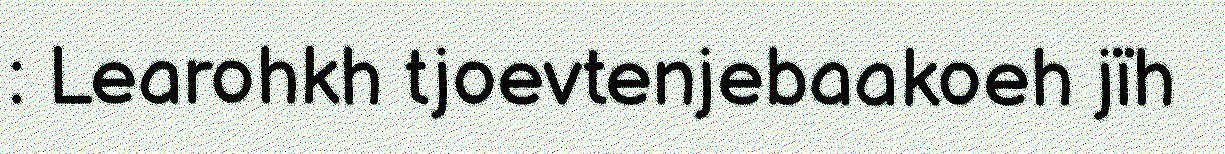
: Learohkh tjoevtenjebaakoeh jïh